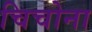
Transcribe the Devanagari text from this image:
चिचोना